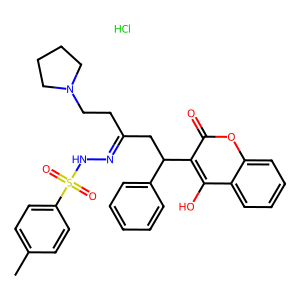
SMILES: Cc1ccc(S(=O)(=O)NN=C(CCN2CCCC2)CC(c2ccccc2)c2c(O)c3ccccc3oc2=O)cc1.Cl
Inhibits HIV replication: No